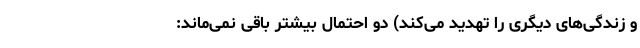
و زندگی‌های دیگری را تهدید می‌کند) دو احتمال بیشتر باقی نمی‌ماند: